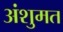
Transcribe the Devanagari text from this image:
अंशुमत